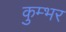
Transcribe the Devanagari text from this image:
कुम्भर